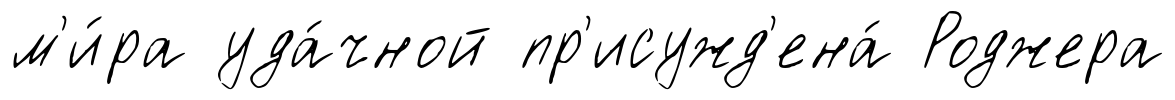
м'и́ра уда́чной пр'исужд'ена́ Роджера